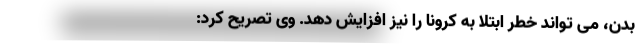
بدن، می ‌تواند خطر ابتلا به کرونا را نیز افزایش دهد. وی تصریح کرد: